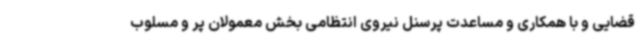
قضایی و با همکاری و مساعدت پرسنل نیروی انتظامی بخش معمولان پر و مسلوب